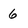
Character: 6